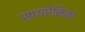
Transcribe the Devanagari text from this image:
सायरेनिका